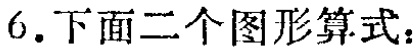
6.下面二个图形算式：